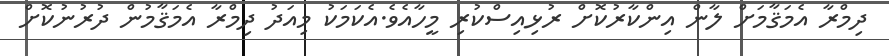
ދިމްރާ އެމަޤާމަށް ލާން އިންކާރުކޮށް ރުޅިއިސްކުރި މީހާއެވެ.އެކަމަކު މިއަދު ދިމްރާ އެމަޤާމުން ދުރުނުކޮށް